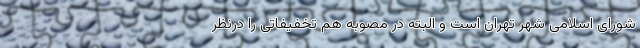
شورای اسلامی شهر تهران است و البته در مصوبه هم تخفیفاتی را درنظر